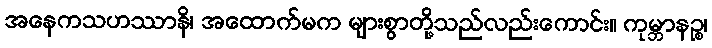
အနေကသဟဿာနိ၊ အထောက်မက များစွာတို့သည်လည်းကောင်း။ ကုမ္ဘာနဉ္စ၊